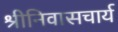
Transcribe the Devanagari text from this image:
श्रीनिवासचार्य